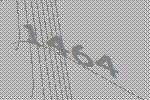
1464